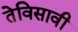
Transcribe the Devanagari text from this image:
तेविसावी